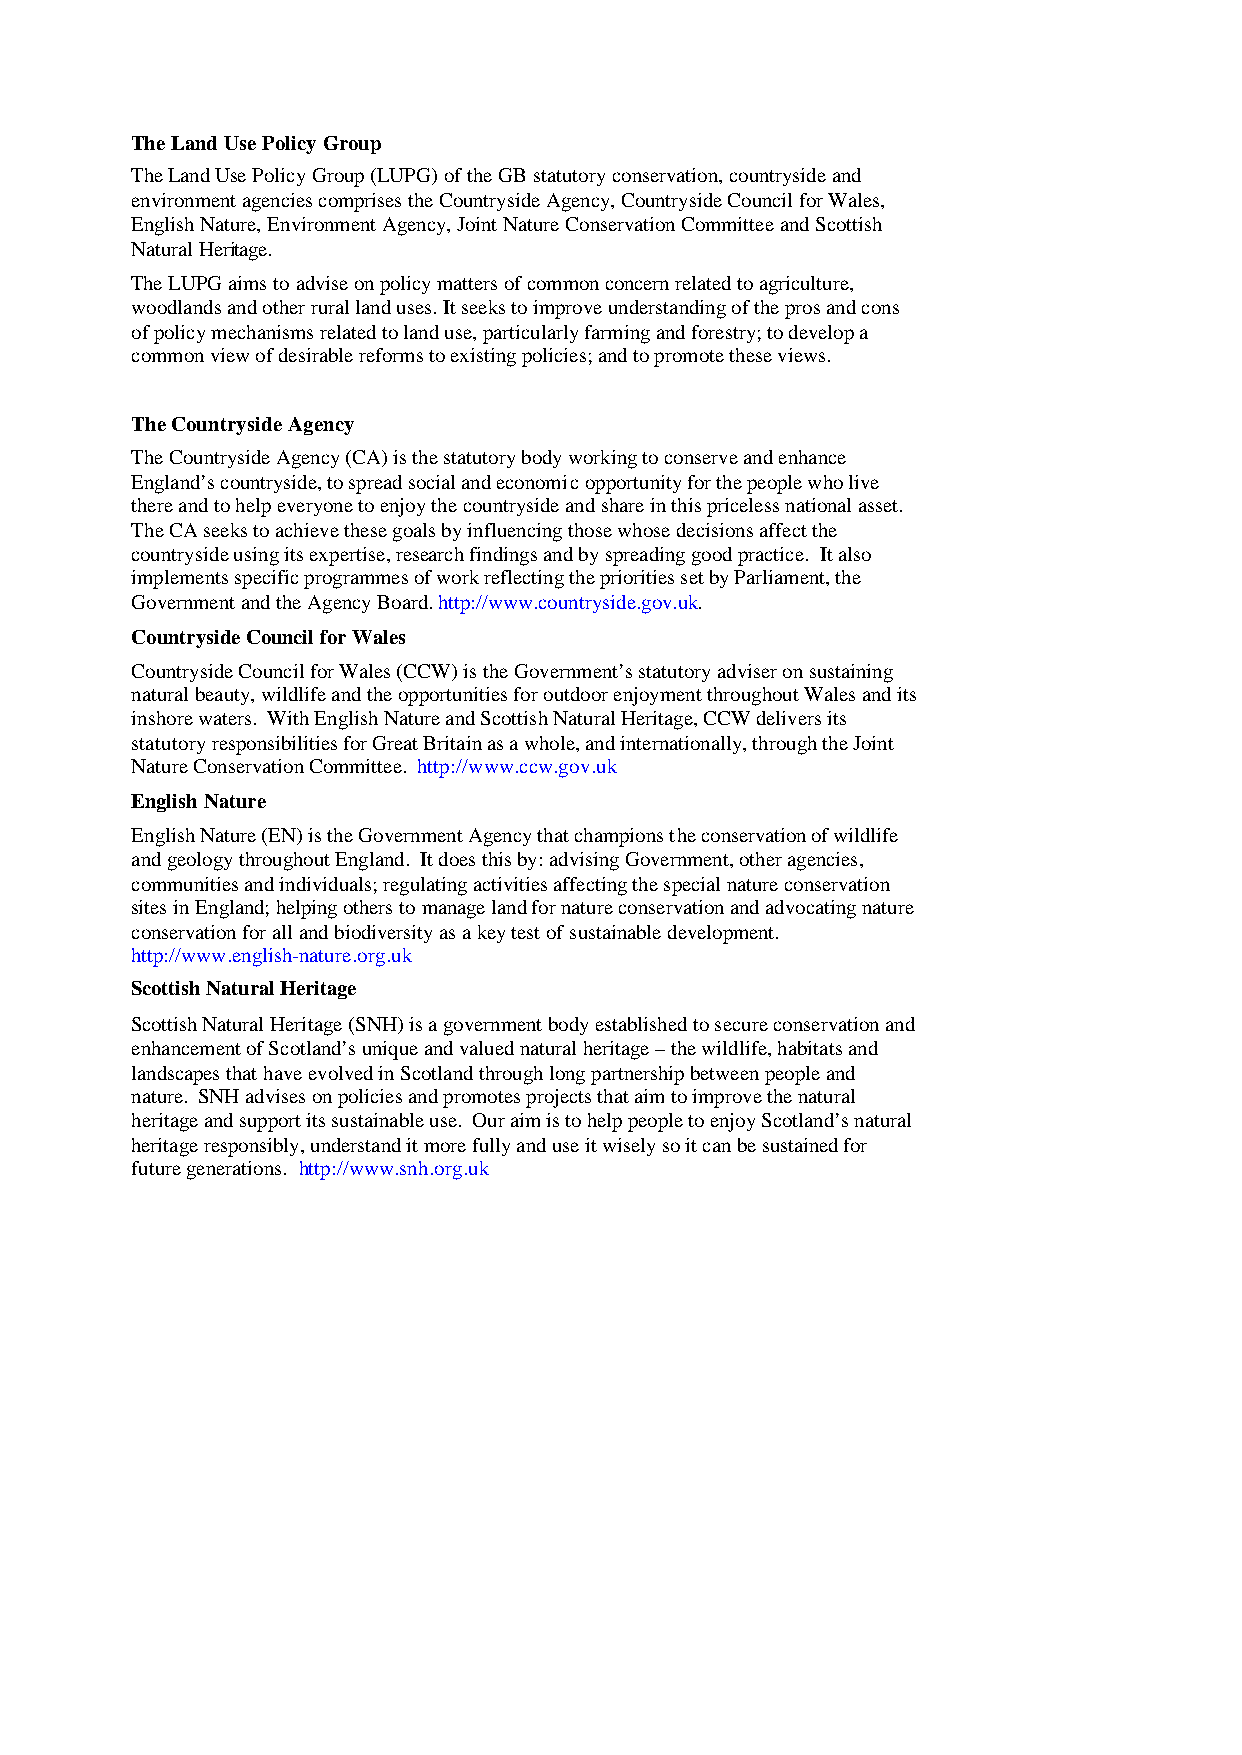
The Land Use Policy Group
 The Land Use Policy Group (LUPG) of the GB statutory conservation, countryside and
 environment agencies comprises the Countryside Agency, Countryside Council for Wales,
 English Nature, Environment Agency, Joint Nature Conservation Committee and Scottish
 Natural Heritage.
 The LUPG aims to advise on policy matters of common concern related to agriculture,
 woodlands and other rural land uses. It seeks to improve understanding of the pros and cons
 of policy mechanisms related to land use, particularly farming and forestry; to develop a
 common view of desirable reforms to existing policies; and to promote these views.
 The Countryside Agency
 The Countryside Agency (CA) is the statutory body working to conserve and enhance
 England’s countryside, to spread social and economic opportunity for the people who live
 there and to help everyone to enjoy the countryside and share in this priceless national asset.
 The CA seeks to achieve these goals by influencing those whose decisions affect the
 countryside using its expertise, research findings and by spreading good practice. It also
 implements specific programmes of work reflecting the priorities set by Parliament, the
 Government and the Agency Board. http://www.countryside.gov.uk.
 Countryside Council for Wales
 Countryside Council for Wales (CCW) is the Government’s statutory adviser on sustaining
 natural beauty, wildlife and the opportunities for outdoor enjoyment throughout Wales and its
 inshore waters. With English Nature and Scottish Natural Heritage, CCW delivers its
 statutory responsibilities for Great Britain as a whole, and internationally, through the Joint
 Nature Conservation Committee. http://www.ccw.gov.uk
 English Nature
 English Nature (EN) is the Government Agency that champions the conservation of wildlife
 and geology throughout England. It does this by: advising Government, other agencies,
 communities and individuals; regulating activities affecting the special nature conservation
 sites in England; helping others to manage land for nature conservation and advocating nature
 conservation for all and biodiversity as a key test of sustainable development.
 http://www.english-nature.org.uk
 Scottish Natural Heritage
 Scottish Natural Heritage (SNH) is a government body established to secure conservation and
 enhancement of Scotland’s unique and valued natural heritage – the wildlife, habitats and
 landscapes that have evolved in Scotland through long partnership between people and
 nature. SNH advises on policies and promotes projects that aim to improve the natural
 heritage and support its sustainable use. Our aim is to help people to enjoy Scotland’s natural
 heritage responsibly, understand it more fully and use it wisely so it can be sustained for
 future generations. http://www.snh.org.uk